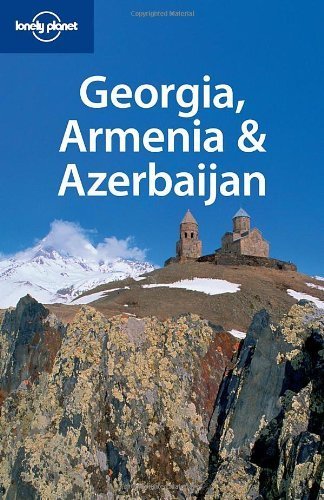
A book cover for Lonely Planet Georgia Armenia & Azerbaijan (Multi Country Travel Guide) by John Noble, Mark Elliott, Michael Kohn, Arpi Armenakian Shiv (2008) Paperback; Mark Elliott, Michael Kohn, Arpi Armenakian Shiv John Noble; Travel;